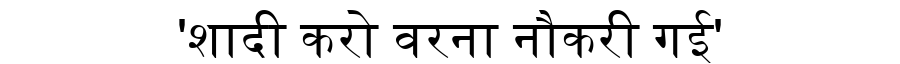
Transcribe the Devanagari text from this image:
'शादी करो वरना नौकरी गई'